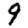
Digit: 9